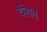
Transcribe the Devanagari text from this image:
दौरात